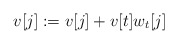
\begin{align*} v[j] \mathrel{:=} v[j] + v[t] w_{t}[j] \end{align*}